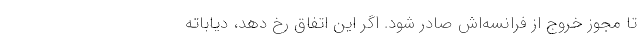
تا مجوز خروج از فرانسه‌اش صادر شود. اگر این اتفاق رخ دهد، دیاباته